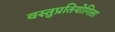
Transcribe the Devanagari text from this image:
वस्तुप्रतियोगिता